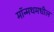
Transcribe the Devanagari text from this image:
मॉन्मथमधील